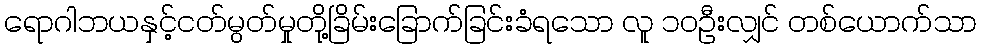
ရောဂါဘယနှင့်ငတ်မွတ်မှုတို့ခြိမ်းခြောက်ခြင်းခံရသော လူ ၁၀ဦးလျှင် တစ်ယောက်သာ